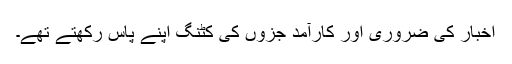
اخبار کی ضروری اور کارآمد جزوں کی کٹنگ اپنے پاس رکھتے تھے۔